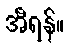
အီရန်။